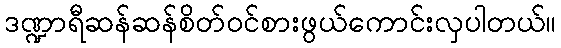
ဒဏ္ဍာရီဆန်ဆန်စိတ်ဝင်စားဖွယ်ကောင်းလှပါတယ်။